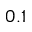
0 . 1